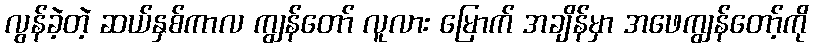
လွန်ခဲ့တဲ့ ဆယ်နှစ်ကာလ ကျွန်တော် လူလား မြောက် အချိန်မှာ အဖေကျွန်တော့်ကို